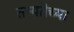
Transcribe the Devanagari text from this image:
तन्यतेच्या